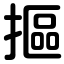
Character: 摳